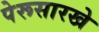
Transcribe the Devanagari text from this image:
पेरूसारखे